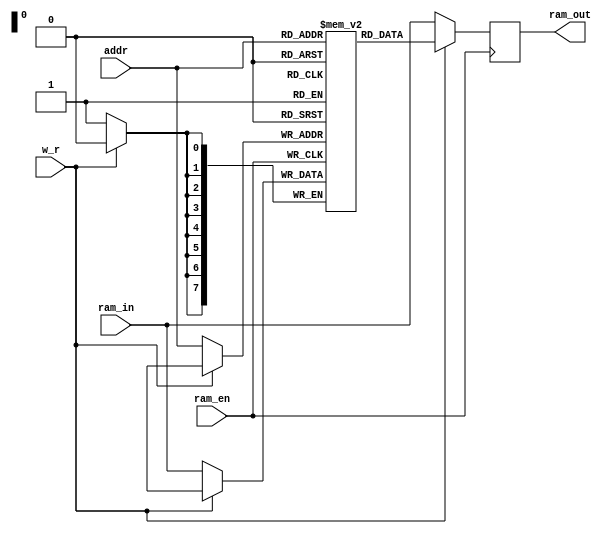
`timescale 1ns / 1ps
//////////////////////////////////////////////////////////////////////////////////
// Company: 
// Engineer: 
// 
// Design Name: 
// Module Name: ram
// Project Name: 
// Target Devices: 
// Tool Versions: 
// Description: 
// 
// Dependencies: 
// 
// Revision:
// Revision 0.01 - File Created
// Additional Comments:
// 
//////////////////////////////////////////////////////////////////////////////////

// RAM / RAM readable and writable
module ram(
        input ram_en, // ram / RAM enable signal
        input w_r, // w(0)r(1) / W (0) represents write, r (1) represents read
        input [7:0] addr, //  / Target address
        input [7:0] ram_in, // ram / Input data from RAM

        output reg [7:0] ram_out // ram / Output RAM data
    );

    // 8x256=2048(bits)=256(bytes)
    reg [7:0] ram [255:0];

    initial begin
        ram[0] = 8'b0000_0001;
    end

    always @(posedge ram_en) begin
        if (w_r) begin // w_r1 / When w_r is 1, perform a read operation to update the output data
            ram_out <= ram[addr];
        end else if (!w_r) begin // w_r0 / When w_r is 0, perform a write operation
            ram[addr] <= ram_in;
            ram_out <= ram_in; // ram_out / Because the possible change is the value currently pointed to, ram_out outputs a high resistance state to avoid accidents
        end else begin // w_r / If w_r is a high resistance state or unknown, output a high resistance state
            ram_out <= 8'hzz;
        end
    end
endmodule